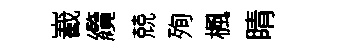
嶻纜兢殉楓睛